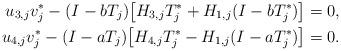
LaTeX: \begin{align*} u_{3,j} v_j^* - (I-bT_j) \big[ H_{3,j}T_j^* + H_{1,j}(I-bT_j^*) \big] &=0, \\ u_{4,j} v_j^* - (I-aT_j) \big[ H_{4,j}T_j^*-H_{1,j}(I-aT_j^*) \big] &=0. \end{align*}